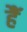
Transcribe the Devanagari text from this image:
हैॅ